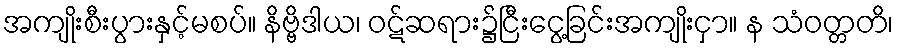
အကျိုးစီးပွားနှင့်မစပ်။ နိဗ္ဗိဒါယ၊ ဝဋ်ဆရား၌ငြီးငွေ့ခြင်းအကျိုးငှာ။ န သံဝတ္တတိ၊